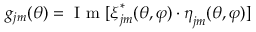
g _ { j m } ( \theta ) = \mathrm { ~ I ~ m ~ } [ \boldsymbol { \xi } _ { j m } ^ { * } ( \theta , \varphi ) \cdot \boldsymbol { \eta } _ { j m } ( \theta , \varphi ) ]